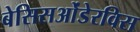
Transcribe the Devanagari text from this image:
बेसिसओंडेरविस